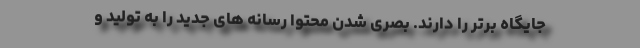
جایگاه برتر را دارند. بصری شدن محتوا رسانه های جدید را به تولید و